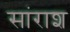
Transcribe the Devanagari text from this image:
सांराश